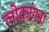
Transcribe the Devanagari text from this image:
लोकांगना